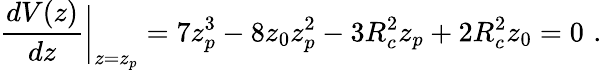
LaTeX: \frac{dV(z)}{dz}\bigg\rvert_{z=z_{p}}=7z_{p}^{3}-8z_{0}z_{p}^{2}-3R_{c}^{2}z_{p}+2R_{c}^{2}z_{0}=0\, \, .